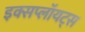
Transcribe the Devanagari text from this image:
इक्सप्लॉयट्स